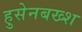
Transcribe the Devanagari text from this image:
हुसेनबख्श